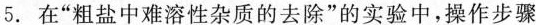
5.在”粗盐中难溶性杂质的去除”的实验中，操作步骤